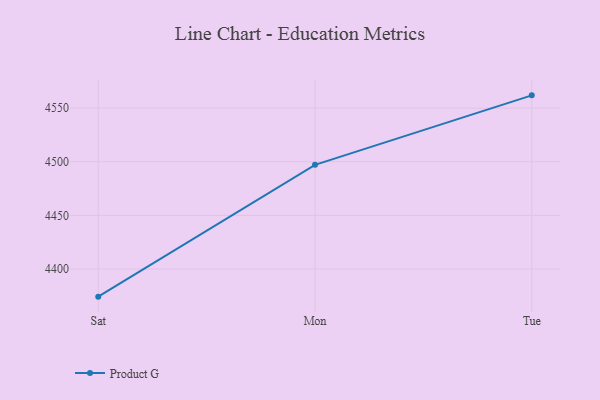
{"axis": {"x": "Day", "y": "Backlog"}, "legend": ["Product G"], "data": [{"x": "Sat", "y": 4374.2, "type": "Product G"}, {"x": "Mon", "y": 4497.1, "type": "Product G"}, {"x": "Tue", "y": 4561.9, "type": "Product G"}]}